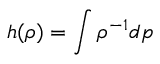
h ( \rho ) = \int \rho ^ { - 1 } d p